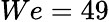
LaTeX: We=49